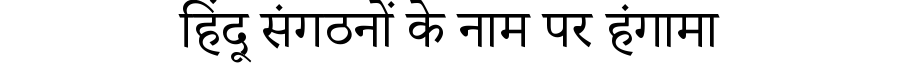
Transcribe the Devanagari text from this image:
हिंदू संगठनों के नाम पर हंगामा